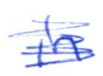
Text: in
Cross-out: scratch
Writing tool: ballpoint